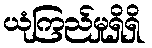
ယုံကြည်မှုရှိရှိ